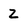
Character: Z